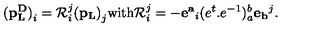
{ \bf ( p _ { L } ^ { D } ) } _ { i } = { \cal R } _ { i } ^ { j } { \bf ( p _ { L } ) } _ { j } \mathrm { w i t h } { \cal R } _ { i } ^ { j } = - { \bf e ^ { a } } _ { i } ( e ^ { t } . e ^ { - 1 } ) _ { a } ^ { b } { \bf e _ { b } } ^ { j } .